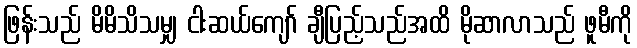
ဖြန်းသည် မိမိသိသမျှ ငါးဆယ်ကျော် ချီပြည့်သည်အထိ မိုဆာလာသည် ဖူမီကို